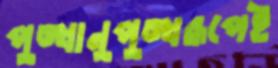
পুঙ্খানুপুঙ্খরূপেই